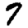
Digit: 7